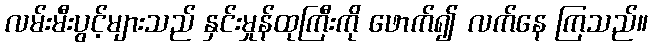
လမ်းမီးပွင့်များသည် နှင်းမှုန်ထုကြီးကို ဖောက်၍ လက်နေ ကြသည်။